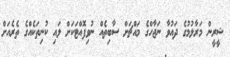
ޝީރީން މަރާލުމުގެ ދައުވާ ނަޖާހްގެ މައްޗަށް ސާބިތެއް ނުވިފޮއްޓަކަށް ލައި ކުނިތަކެއްގެ ތެރެއަށް